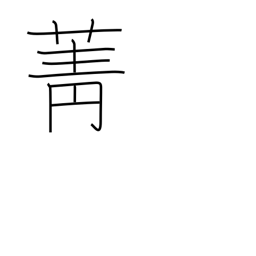
Meaning: turnip